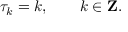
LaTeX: \tau _ { k } = k , \qquad k \in { \bf Z } .